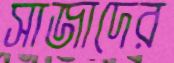
সাজাদের